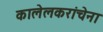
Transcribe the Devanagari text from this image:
कालेलकरांचेना